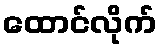
ထောင်လိုက်